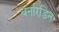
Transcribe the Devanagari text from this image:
बर्नारडिन